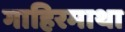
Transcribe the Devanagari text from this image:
गाहिरमाथा